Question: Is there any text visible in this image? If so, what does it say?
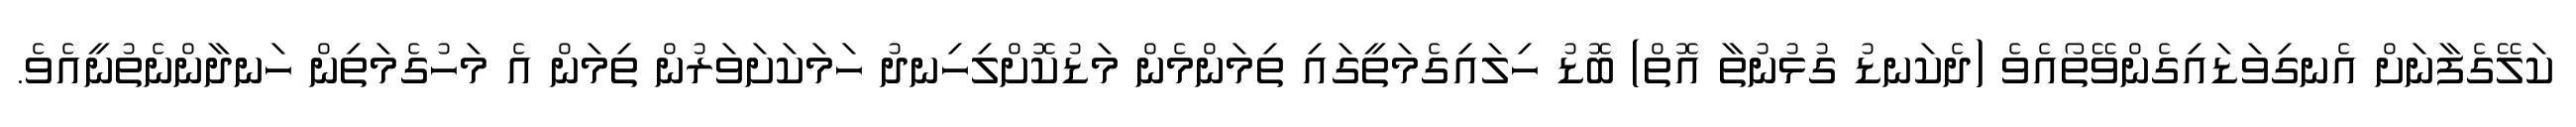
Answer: ކަލޭގެފާނަށް އެނގިވަޑައިގެންވޭތޯއެވެ (ދެކަނޑު ގުޅުނުތާ އޮތް) ބޮޑު ހިލައިގެމަތީގައި ތިމަންމެން މަޑުކޮށްލިހިނދު ހަމަކަށަވަރުން ތިމަން އެ މަހުގެމަތިން ހަނދާންނެތުނީއެވެ.